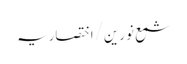
شمع نورین/اختصاریہ